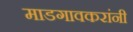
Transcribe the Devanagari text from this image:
माडगावकरांनी